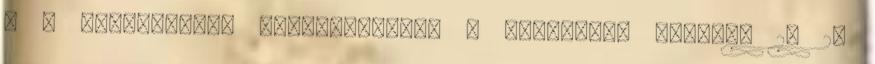
a a témalistára Egyszerűsödik a pályázati adatlap 20 20